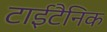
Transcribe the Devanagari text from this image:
टाईटैनिक